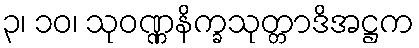
၃၊ ၁၀၊ သုဝဏ္ဏနိက္ခသုတ္တာဒိအဋ္ဌက